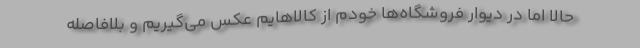
حالا اما در دیوار فروشگاه‌ها خودم از کالاهایم عکس می‌گیریم و بلافاصله